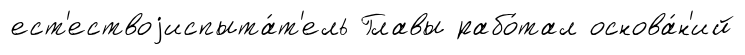
ест'ествоjиспыта́т'ель Главы рабо́тал основа́н'ий